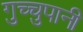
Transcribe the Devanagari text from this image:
गुच्चुपानी